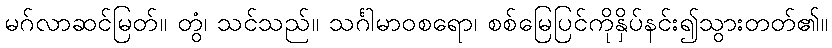
မဂ်လာဆင်မြတ်။ တွံ၊ သင်သည်။ သင်္ဂါမာဝစရော၊ စစ်မြေပြင်ကိုနှိပ်နင်း၍သွားတတ်၏။